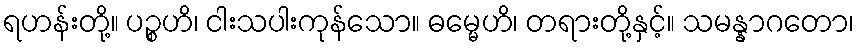
ရဟန်းတို့။ ပဉ္စဟိ၊ ငါးသပါးကုန်သော။ ဓမ္မေဟိ၊ တရားတို့နှင့်။ သမန္နာဂတော၊